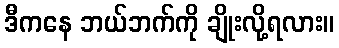
ဒီကနေ ဘယ်ဘက်ကို ချိုးလို့ရလား။